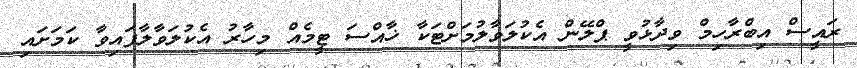
ރައީސް އިބްރާހިމް ވިދާޅުވީ ޕްލޭން އެކުލަވާލުމަށްޓަކާ ޚާއްސަ ޓީމެއް މިހާރު އެކުލަވާލާފައިވާ ކަމަށައި